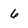
Character: 6